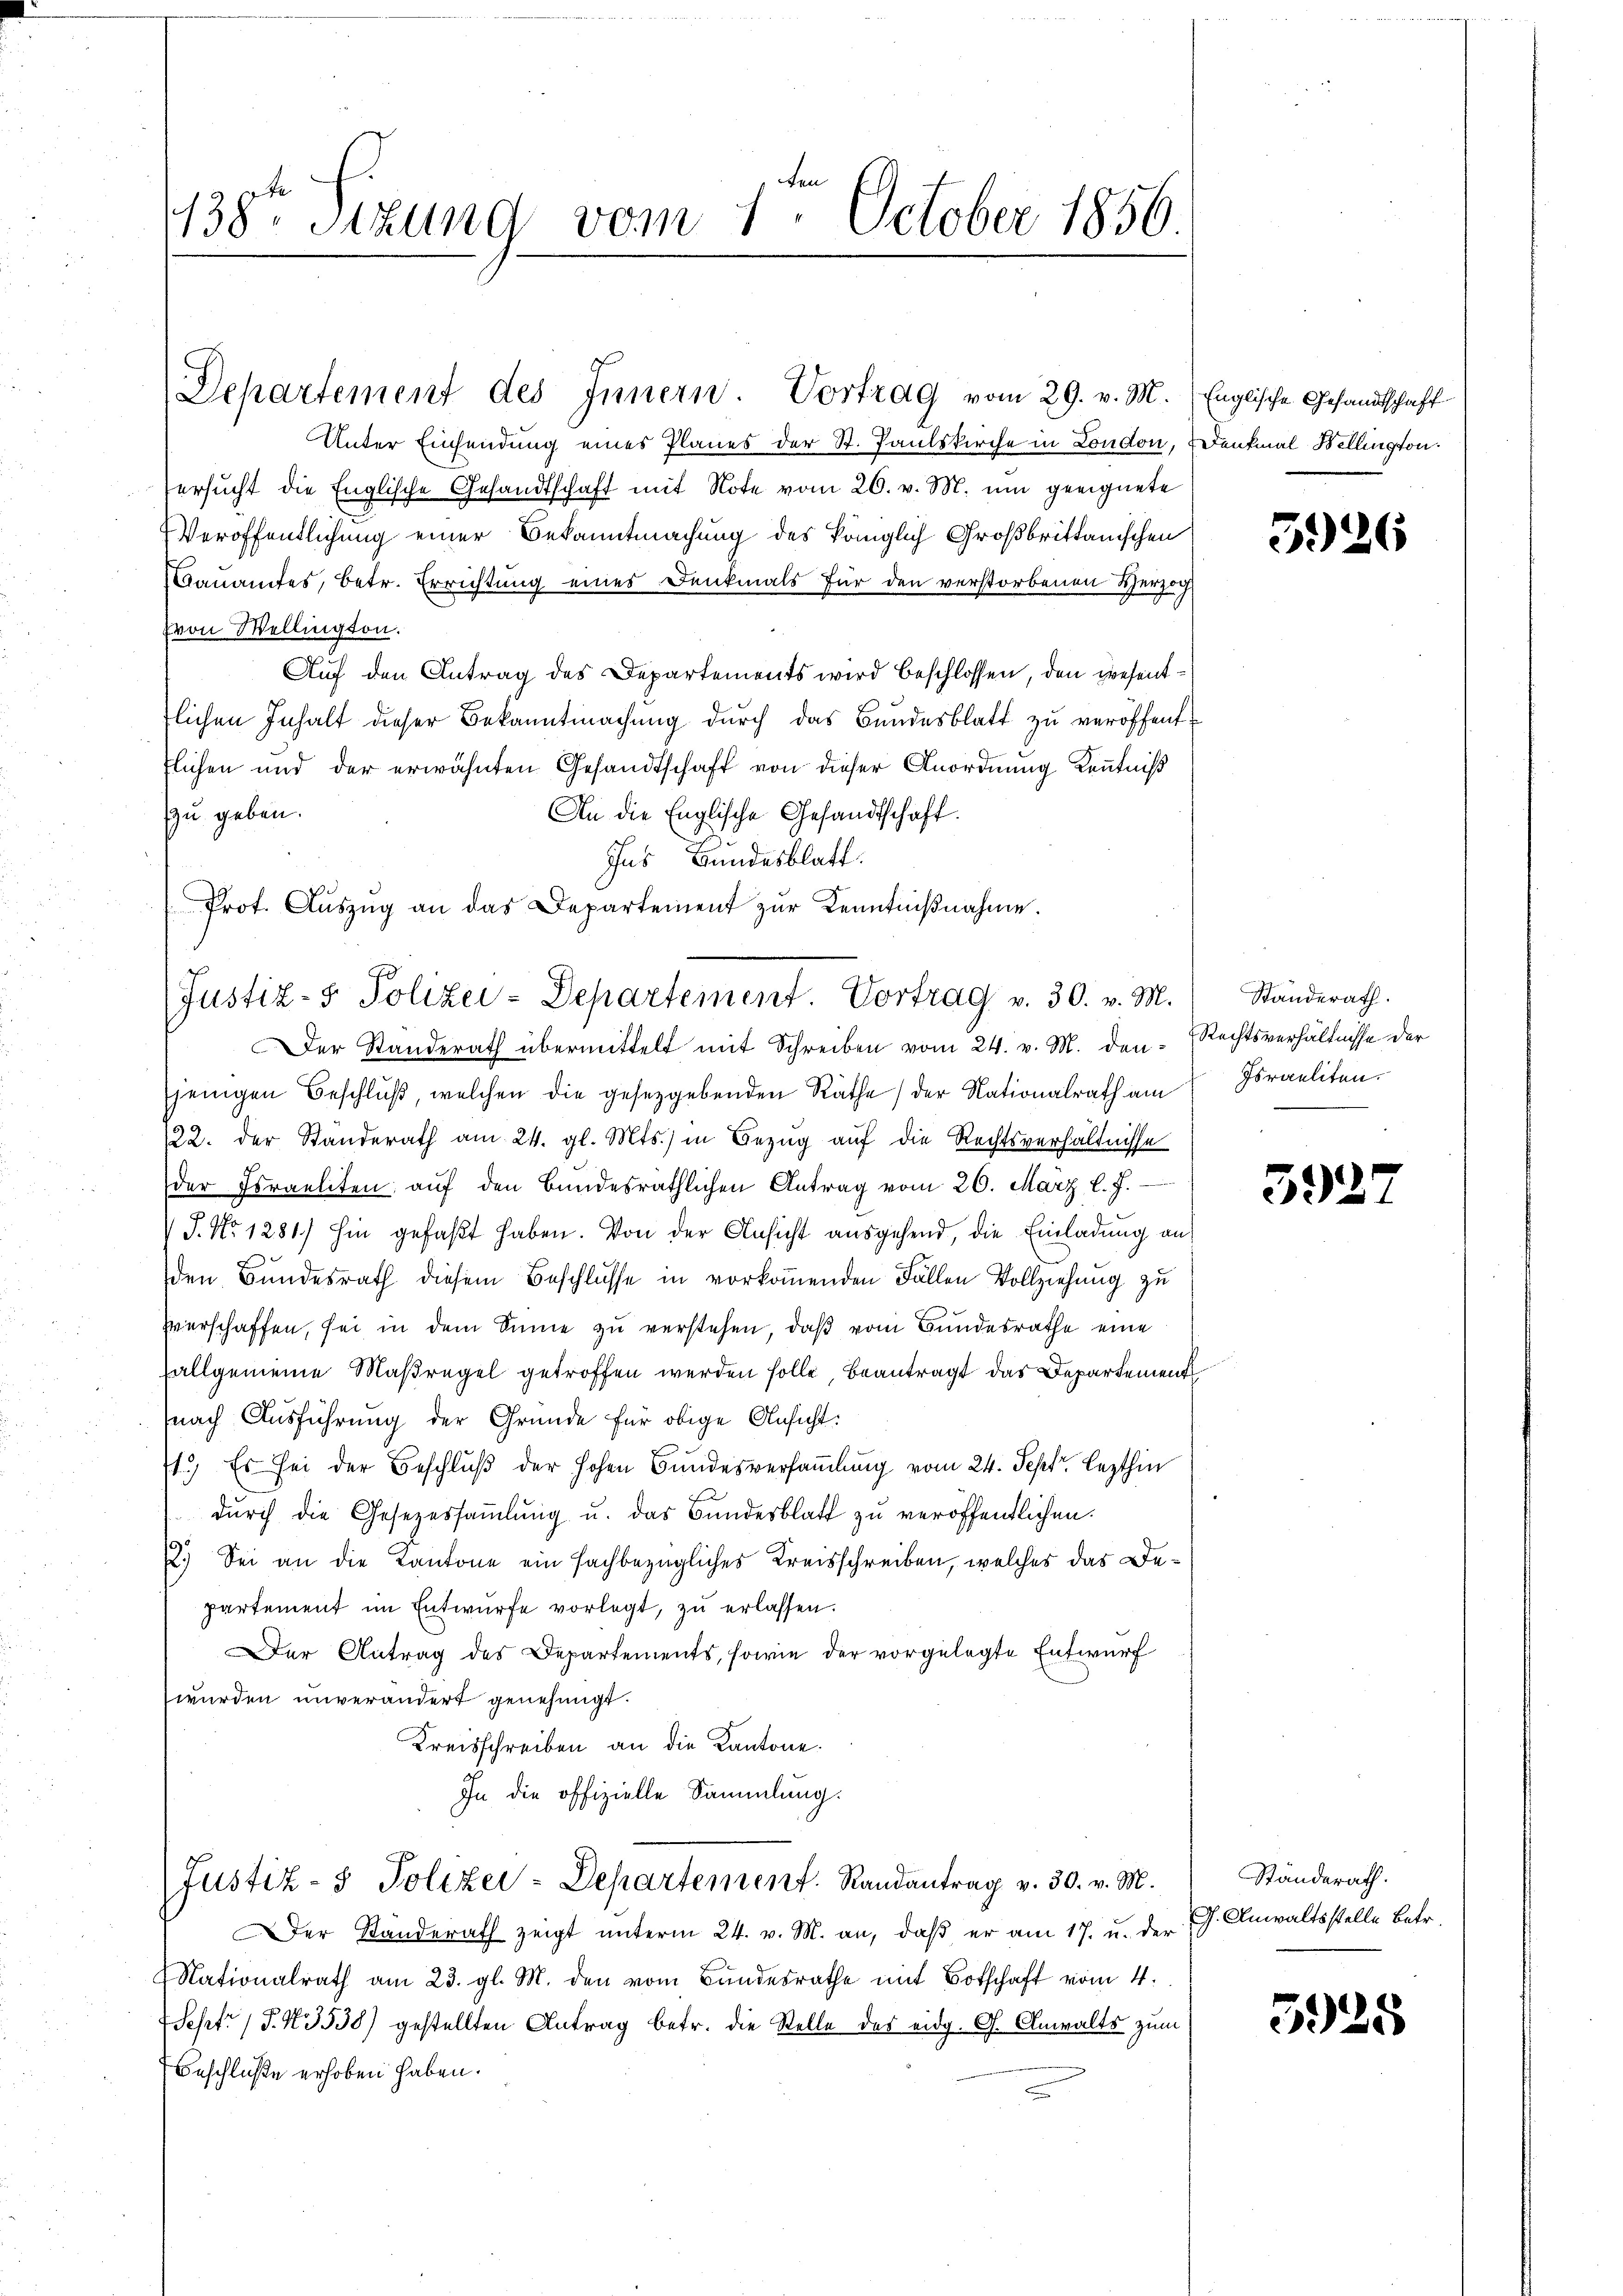
138te Stund vom 1. October 1856

Justiz- & Polizei-Departement. Vortrag v. 30. v. M. Standerath.

Departement des Innern. Vortrag vom 29. v. M. Englische Gesandtschaft
Unter Einsendung eines Planes der St. Paulskirche in London, Denkmal Bellington
ersucht die Englische Gesandtschaft mit Note vom 26. v. M. um geeignete
Veröffentlichung einer Bekanntmachung des königlich Großbrittanischen
Bauamtes, betr. Errichtung eines Denkmals für den verstorbenen Verzich
von Wellington.
Auf den Antrag des Departements wird beschlossen, den wesentflichen Inhalt dieser Bekanntmachung durch das Bundesblatt zu veröffent
flichen und der erwähnten Gesandtschaft von dieser Anordnung Kenntniß
An die Englische Gesandtschaft.
zu geben.
Ins Bundesblatt
Prot. Aŭszŭg an das Departement zŭr Kenntniβnahme.

er Standerath übermittelt mit Schreiben vom 24. v. M. densjenigen Beschlŭβ, welchen die gesetzgebenden Räthe der Nationalrath am Fraeliten.
122. der Standerath am 24. gl. Mts.) in Bezug auf die Rechtsverhältnisse
der Israeliten aŭf den Bundesräthlichen Antrag vom 26. März l. J.
J. No 1281) hin gefaβt haben. Von der Ansicht ausgehend, die Einladung an
den Bundesrath diesem Beschlusse in vorkommenden Fällen Vollziehung zu
hverschaffen, sei in dem Sinne zu verstehen, daß vom Bundesrathe eine
allgemeine Maßregel getroffen werden solle, beantragt das Departement
nach Ausführung der Gründe für obige Ansicht:
1.) Es sei der Beschlŭβ der hohen Bundesversamlung vom 24. Sept. lezthin
durch die Gesezessammlung u. das Bundesblatt zu veröffentlichen.
2.) Sei an die Kantone ein fachbezügliches Kreisschreiben, welches das Departement im Entwürfe vorlegt, zu erlassen.
er Antrag des Departements, sowie der vorgelegte Entwurf
wurden unverändert genehmigt.
Kreisschreiben an die Kantone.
In die offizielle Sammlung.
Justiz- & Polizer-Departement. Randantrag v. 30. v. M.
er Standerath zeigt unterm 24. v. M. an, daß er am 17. u. der
Nationalrath am 23. gl. M. den vom Bundesrathe mit Botschaft vom 4.
Sept. (T. N. 3538) gestellten Antrag betr. die Stelle des eidg. G. Anwalts zum
Beschluße erhoben haben.

5926

Rechtsverhältnisse der

592

Ständerath.
J. Anwaltsstelle Betr.

5928